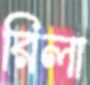
রিলা